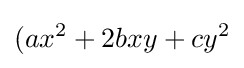
(ax^{2}+2bxy+cy^{2}